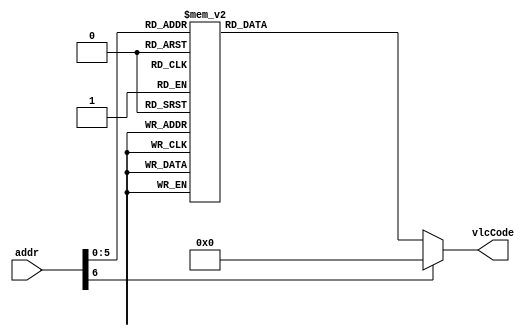
// This program was cloned from: https://github.com/Anas-Salah/MATLAB-Modeling-and-FPGA-Implementation-of-CAVLC-Entropy-Encoding-in-H.264-Video-Processing-Standard
// License: MIT License

`timescale 1ns / 1ps
//////////////////////////////////////////////////////////////////////////////////
// Company: 
// Engineer: 
// 
// Design Name: 
// Module Name: coeffTokenNumVlcThree
// Project Name: 
// Target Devices: 
// Tool Versions: 
// Description: 
// 
// Dependencies: 
// 
// Revision:
// Revision 0.01 - File Created
// Additional Comments:
// 
//////////////////////////////////////////////////////////////////////////////////


module coeffTokenNumVlcOne #(parameter aWIDTH= 7 , vcWIDTH= 8)(
input       [aWIDTH-1  :0] addr,
output  reg [vcWIDTH -1:0] vlcCode
    );
    
    
    always @(*)begin
      case(addr)
                                             // The length is reduced by one from the original size to save the resources 
                                             // if the length is zero and the value is zero this means that no output in the vlc or it's not a cas 
             // T1s =0   NZQs                length-1   value                    
               {2'h0  ,  5'd0}   : vlcCode = {4'd1  ,  4'b0011} ;           // str= "11"            
               {2'h0  ,  5'd1 }  : vlcCode = {4'd5  ,  4'b1011} ;           // str= "001011"          
               {2'h0  ,  5'd2 }  : vlcCode = {4'd5  ,  4'b0111} ;           // str= "000111"          
               {2'h0  ,  5'd3 }  : vlcCode = {4'd6  ,  4'b0111} ;           // str= "0000111"         
               {2'h0  ,  5'd4 }  : vlcCode = {4'd7  ,  4'b0111} ;           // str= "00000111"        
               {2'h0  ,  5'd5 }  : vlcCode = {4'd7  ,  4'b0100} ;           // str= "00000100"        
               {2'h0  ,  5'd6 }  : vlcCode = {4'd8  ,  4'b0111} ;           // str= "000000111"       
               {2'h0  ,  5'd7 }  : vlcCode = {4'd10 ,  4'b1111} ;           // str= "00000001111"     
               {2'h0  ,  5'd8 }  : vlcCode = {4'd10 ,  4'b1011} ;           // str= "00000001011"     
               {2'h0  ,  5'd9 }  : vlcCode = {4'd11 ,  4'b1111} ;           // str= "000000001111"    
               {2'h0  ,  5'd10}  : vlcCode = {4'd11 ,  4'b1011} ;           // str= "000000001011"    
               {2'h0  ,  5'd11}  : vlcCode = {4'd11 ,  4'b1000} ;           // str= "000000001000"    
               {2'h0  ,  5'd12}  : vlcCode = {4'd12 ,  4'b1111} ;           // str= "0000000001111"   
               {2'h0  ,  5'd13}  : vlcCode = {4'd12 ,  4'b1011} ;           // str= "0000000001011"   
               {2'h0  ,  5'd14}  : vlcCode = {4'd12 ,  4'b0111} ;           // str= "0000000000111"   
               {2'h0  ,  5'd15}  : vlcCode = {4'd13 ,  4'b1001} ;           // str= "00000000001001"                 
               {2'h0  ,  5'd16}  : vlcCode = {4'd13 ,  4'b0111} ;           // str= "00000000000111"
                                                       
                                                 
             // T1s =1   NZQs                length-1   value                    
               {2'h1  ,  5'd0}   : vlcCode = {4'd0  ,  4'b0000} ;           // str= ""   No thing   
               {2'h1  ,  5'd1 }  : vlcCode = {4'd1  ,  4'b0010} ;           // str= "10"           
               {2'h1  ,  5'd2 }  : vlcCode = {4'd4  ,  4'b0111} ;           // str= "00111"        
               {2'h1  ,  5'd3 }  : vlcCode = {4'd5  ,  4'b1010} ;           // str= "001010"       
               {2'h1  ,  5'd4 }  : vlcCode = {4'd5  ,  4'b0110} ;           // str= "000110"       
               {2'h1  ,  5'd5 }  : vlcCode = {4'd6  ,  4'b0110} ;           // str= "0000110"      
               {2'h1  ,  5'd6 }  : vlcCode = {4'd7  ,  4'b0110} ;           // str="00000110"       
               {2'h1  ,  5'd7 }  : vlcCode = {4'd8  ,  4'b0110} ;           // str="000000110"      
               {2'h1  ,  5'd8 }  : vlcCode = {4'd10 ,  4'b1110} ;           // str="00000001110"    
               {2'h1  ,  5'd9 }  : vlcCode = {4'd10 ,  4'b1010} ;           // str="00000001010"    
               {2'h1  ,  5'd10}  : vlcCode = {4'd11 ,  4'b1110} ;           // str="000000001110"   
               {2'h1  ,  5'd11}  : vlcCode = {4'd11 ,  4'b1010} ;           // str="000000001010"   
               {2'h1  ,  5'd12}  : vlcCode = {4'd12 ,  4'b1110} ;           // str="0000000001110"  
               {2'h1  ,  5'd13}  : vlcCode = {4'd12 ,  4'b1010} ;           // str="0000000001010"  
               {2'h1  ,  5'd14}  : vlcCode = {4'd13 ,  4'b1011} ;           // str="00000000001011   
               {2'h1  ,  5'd15}  : vlcCode = {4'd13 ,  4'b1000} ;           // str="00000000001000                  
               {2'h1  ,  5'd16}  : vlcCode = {4'd13 ,  4'b0110} ;           // str="00000000000110 
                    
             // T1s =2   NZQs                length-1   value                    
               {2'h0  ,  5'd0}   : vlcCode = {4'd0  ,  4'b0000} ;           // str= ""    No thing                
               {2'h0  ,  5'd1 }  : vlcCode = {4'd0  ,  4'b0000} ;           // str= ""    No thing                   
               {2'h0  ,  5'd2 }  : vlcCode = {4'd2  ,  4'b0011} ;           // str= "011"          
               {2'h0  ,  5'd3 }  : vlcCode = {4'd5  ,  4'b1001} ;           // str= "001001"       
               {2'h0  ,  5'd4 }  : vlcCode = {4'd5  ,  4'b0101} ;           // str= "000101"       
               {2'h0  ,  5'd5 }  : vlcCode = {4'd6  ,  4'b0101} ;           // str= "0000101"      
               {2'h0  ,  5'd6 }  : vlcCode = {4'd7  ,  4'b0101} ;           // str= "00000101"     
               {2'h0  ,  5'd7 }  : vlcCode = {4'd8  ,  4'b0101} ;           // str= "000000101"    
               {2'h0  ,  5'd8 }  : vlcCode = {4'd10 ,  4'b1101} ;           // str= "00000001101"  
               {2'h0  ,  5'd9 }  : vlcCode = {4'd10 ,  4'b1001} ;           // str= "00000001001"  
               {2'h0  ,  5'd10}  : vlcCode = {4'd11 ,  4'b1101} ;           // str= "000000001101" 
               {2'h0  ,  5'd11}  : vlcCode = {4'd11 ,  4'b1001} ;           // str= "000000001001" 
               {2'h0  ,  5'd12}  : vlcCode = {4'd12 ,  4'b1101} ;           // str= "0000000001101"
               {2'h0  ,  5'd13}  : vlcCode = {4'd12 ,  4'b1001} ;           // str= "0000000001001"
               {2'h0  ,  5'd14}  : vlcCode = {4'd12 ,  4'b0110} ;           // str= "0000000000110" 
               {2'h0  ,  5'd15}  : vlcCode = {4'd13 ,  4'b1010} ;           // str= "00000000001010                
               {2'h0  ,  5'd16}  : vlcCode = {4'd13 ,  4'b0101} ;           // str= "00000000000101
                  
             // T1s =3   NZQs                length-1   value                    
               {2'h0  ,  5'd0}   : vlcCode = {4'd0  ,  4'b0000} ;           // str= ""  No thing            
               {2'h0  ,  5'd1 }  : vlcCode = {4'd0  ,  4'b0000} ;           // str= ""  No thing              
               {2'h0  ,  5'd2 }  : vlcCode = {4'd0  ,  4'b0000} ;           // str= ""          
               {2'h0  ,  5'd3 }  : vlcCode = {4'd3  ,  4'b0101} ;           // str= "0101"      
               {2'h0  ,  5'd4 }  : vlcCode = {4'd3  ,  4'b0100} ;           // str= "0100"         
               {2'h0  ,  5'd5 }  : vlcCode = {4'd4  ,  4'b0110} ;           // str= "00110"        
               {2'h0  ,  5'd6 }  : vlcCode = {4'd5  ,  4'b1000} ;           // str= "001000"       
               {2'h0  ,  5'd7 }  : vlcCode = {4'd5  ,  4'b0100} ;           // str= "000100"       
               {2'h0  ,  5'd8 }  : vlcCode = {4'd6  ,  4'b0100} ;           // str= "0000100"      
               {2'h0  ,  5'd9 }  : vlcCode = {4'd8  ,  4'b0100} ;           // str="000000100"    
               {2'h0  ,  5'd10}  : vlcCode = {4'd10 ,  4'b1100} ;           // str="00000001100" ;
               {2'h0  ,  5'd11}  : vlcCode = {4'd10 ,  4'b1000} ;           // str="00000001000" ;
               {2'h0  ,  5'd12}  : vlcCode = {4'd11 ,  4'b1100} ;           // str="000000001100";
               {2'h0  ,  5'd13}  : vlcCode = {4'd12 ,  4'b1100} ;           // str="0000000001100"
               {2'h0  ,  5'd14}  : vlcCode = {4'd12 ,  4'b1000} ;           // str="0000000001000" 
               {2'h0  ,  5'd15}  : vlcCode = {4'd12 ,  4'b0001} ;           // str="0000000000001"                 
               {2'h0  ,  5'd16}  : vlcCode = {4'd13 ,  4'b0100} ;           // str="00000000000100
                                  
                default:vlcCode = 8'h00;
            endcase    
    end   
endmodule